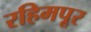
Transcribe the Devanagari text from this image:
रहिमपूर